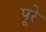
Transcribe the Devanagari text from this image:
पूरे